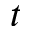
t